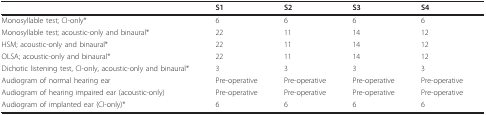
<table><thead><tr><td></td><td><b>S1</b></td><td><b>S2</b></td><td><b>S3</b></td><td><b>S4</b></td></tr></thead><tbody><tr><td>Monosyllable test; CI-only*</td><td>6</td><td>6</td><td>6</td><td>6</td></tr><tr><td>Monosyllable test; acoustic-only and binaural*</td><td>22</td><td>11</td><td>14</td><td>12</td></tr><tr><td>HSM; acoustic-only and binaural*</td><td>22</td><td>11</td><td>14</td><td>12</td></tr><tr><td>OLSA; acoustic-only and binaural*</td><td>22</td><td>11</td><td>14</td><td>12</td></tr><tr><td>Dichotic listening test, CI-only, acoustic-only and binaural*</td><td>3</td><td>3</td><td>3</td><td>3</td></tr><tr><td>Audiogram of normal hearing ear</td><td>Pre-operative</td><td>Pre-operative</td><td>Pre-operative</td><td>Pre-operative</td></tr><tr><td>Audiogram of hearing impaired ear (acoustic-only)</td><td>Pre-operative</td><td>Pre-operative</td><td>Pre-operative</td><td>Pre-operative</td></tr><tr><td>Audiogram of implanted ear (CI-only)*</td><td>6</td><td>6</td><td>6</td><td>6</td></tr></tbody></table>